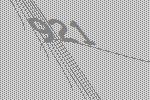
921